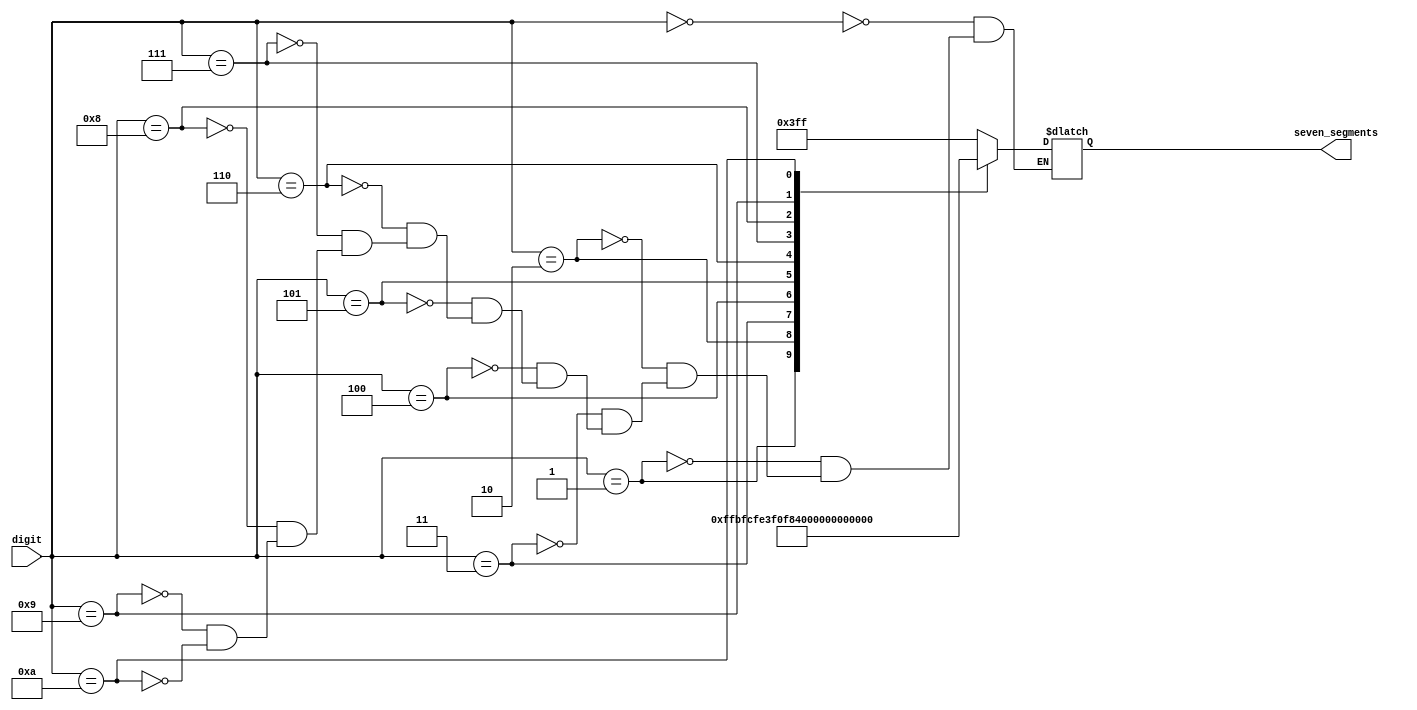

module ledrs
(
    input      [23:0] digit,
    output reg [9:0] seven_segments
);

    always @*
        case (digit)
        'h0: seven_segments = 'b1111111111;
        'h1: seven_segments = 'b1111111110;
        'h2: seven_segments = 'b1111111100;
        'h3: seven_segments = 'b1111111000;
        'h4: seven_segments = 'b1111110000;
        'h5: seven_segments = 'b1111100000;
        'h6: seven_segments = 'b1111000000;
        'h7: seven_segments = 'b1110000000;
        'h8: seven_segments = 'b1100000000;
        'h9: seven_segments = 'b1000000000;
        'ha: seven_segments = 'b0000000000;
        endcase

endmodule